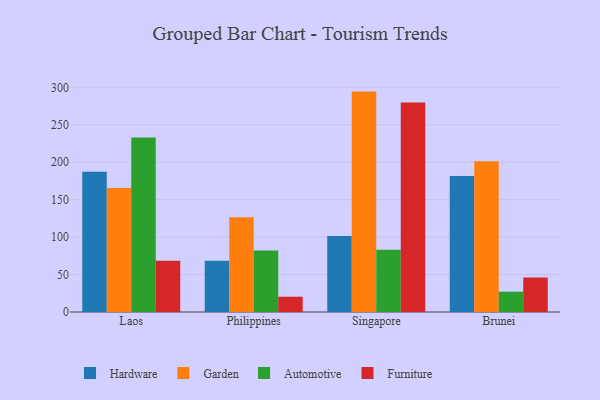
{"axis": {"x": "Country", "y": "Conversion Rate (%)"}, "legend": ["Automotive", "Furniture", "Garden", "Hardware"], "data": [{"x": "Laos", "y": 187.4, "type": "Hardware"}, {"x": "Laos", "y": 165.7, "type": "Garden"}, {"x": "Laos", "y": 233.0, "type": "Automotive"}, {"x": "Laos", "y": 68.4, "type": "Furniture"}, {"x": "Philippines", "y": 68.6, "type": "Hardware"}, {"x": "Philippines", "y": 126.6, "type": "Garden"}, {"x": "Philippines", "y": 82.1, "type": "Automotive"}, {"x": "Philippines", "y": 20.4, "type": "Furniture"}, {"x": "Singapore", "y": 101.6, "type": "Hardware"}, {"x": "Singapore", "y": 294.3, "type": "Garden"}, {"x": "Singapore", "y": 83.1, "type": "Automotive"}, {"x": "Singapore", "y": 279.9, "type": "Furniture"}, {"x": "Brunei", "y": 181.5, "type": "Hardware"}, {"x": "Brunei", "y": 201.4, "type": "Garden"}, {"x": "Brunei", "y": 27.1, "type": "Automotive"}, {"x": "Brunei", "y": 46.1, "type": "Furniture"}]}